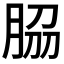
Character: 𦚰